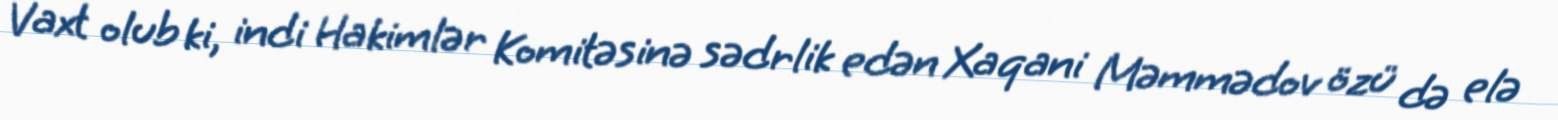
Vaxt olub ki, indi Hakimlər Komitəsinə sədrlik edən Xaqani Məmmədov özü də elə